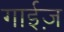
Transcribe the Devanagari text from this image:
गाईज़